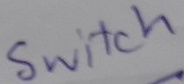
Text: Switch